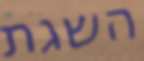
השגת